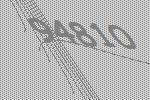
94810